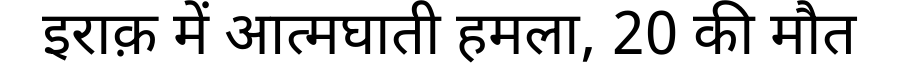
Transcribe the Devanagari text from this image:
इराक़ में आत्मघाती हमला, 20 की मौत